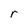
Character: r